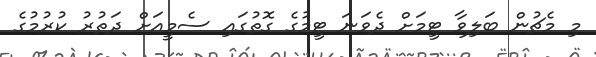
މި މެޗުން ބަލިވާ ޓީމަށް ދެވަނަ ޓީމުގެ ގޮތުގައި ސެމީއަށް ދަތުރު ކުރުމުގެ